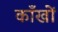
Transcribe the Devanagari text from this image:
काँखों